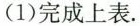
(1)完成上表.